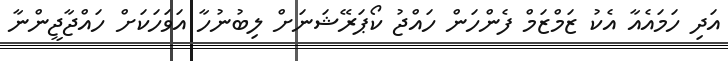
އަދި ހަމައެއާ އެކު ޒަމްޒަމް ފެންހަން ހައްޖު ކޯޕަރޭޝަނަށް ލިބުނުހާ އަވަހަކަށް ހައްޖާޖީންނާ